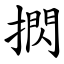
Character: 㨛